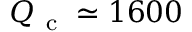
\ensuremath { Q _ { \mathrm { ~ c ~ } } } \simeq 1 6 0 0